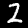
Digit: 2